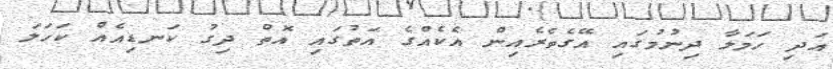
އަދި ހަމަލާ ދިނުމުގައި އޭގެތެރެއިން އެކެއްގެ އަތުގައި އޮތް ދިގު ކަނޑިއެއް ކަހަލަ